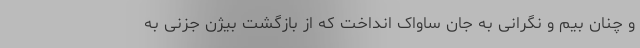
و چنان بیم و نگرانی به جان ساواک انداخت که از بازگشت بیژن جزنی به